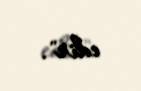
edir".